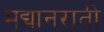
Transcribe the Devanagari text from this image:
मद्यानराती